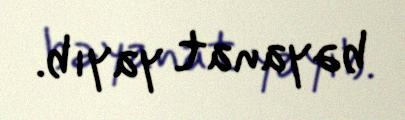
bəyanat yayıb.